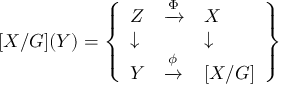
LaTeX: [ X / G ] ( Y ) = { \left\{ \begin{array} { l l l } { Z } & { { \xrightarrow { \Phi } } } & { X } \\ { \downarrow } & { } & { \downarrow } \\ { Y } & { { \xrightarrow { \phi } } } & { [ X / G ] } \end{array} \right\} }